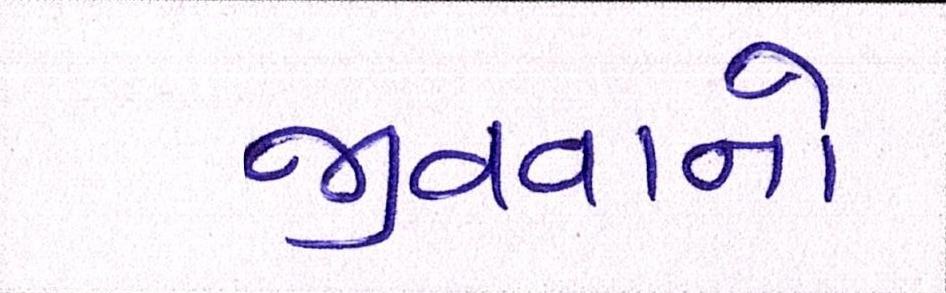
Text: જીવવાનો